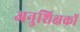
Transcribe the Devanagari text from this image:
अनुशिक्षकों